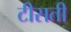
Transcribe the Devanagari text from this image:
टीसती